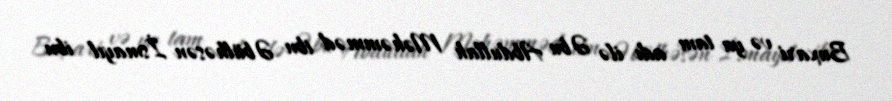
Buxari və ya tam adı ilə Əbu Abdullah Məhəmməd ibn Əbülhəsən İsmayıl ibn